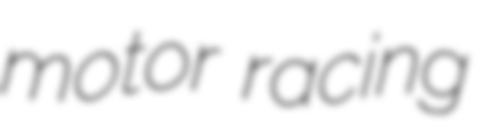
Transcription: motor racing